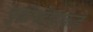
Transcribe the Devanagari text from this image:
युद्धोपदेशाकडे